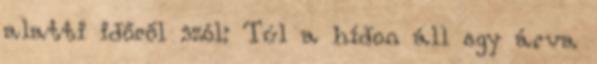
alatti időről szól: Túl a hídon áll egy árva